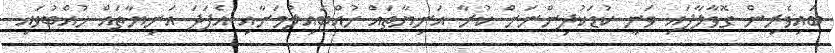
ބައިވެރިން ގޮވާލާފައި ވަނީ ކުޑަކުދިންނަށް ކުރާ އަނިޔާތައް ހުއްޓައިލުމަށާއި އެފަދަ އަނިޔާތައް ހުއްޓުވައި